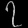
Digit: ၇